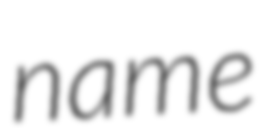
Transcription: name